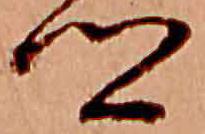
郷